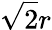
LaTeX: {\sqrt{2}}r